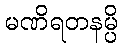
မဏိရတနမ္ပိ